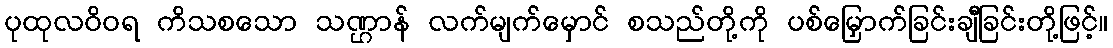
ပုထုလဝိဝရ ကိသစသော သဏ္ဌာန် လက်မျက်မှောင် စသည်တို့ကို ပစ်မြှောက်ခြင်းချီခြင်းတို့ဖြင့်။